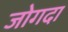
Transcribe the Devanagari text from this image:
जोगदा